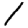
Digit: 1